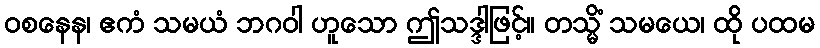
ဝစနေန၊ ဧကံ သမယံ ဘဂဝါ ဟူသော ဤသဒ္ဒါဖြင့်။ တသ္မိံ သမယေ၊ ထို ပထမ